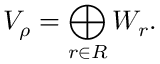
V _ { \rho } = \bigoplus _ { r \in R } W _ { r } .